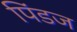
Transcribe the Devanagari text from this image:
पिंडज